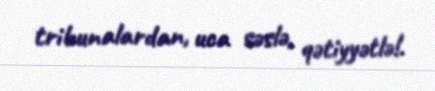
tribunalardan, uca səslə, qətiyyətlə!.